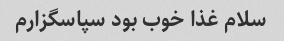
سلام غذا خوب بود سپاسگزارم